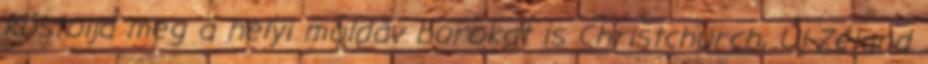
kóstolja meg a helyi moldáv borokat is Christchurch, Új-Zéland